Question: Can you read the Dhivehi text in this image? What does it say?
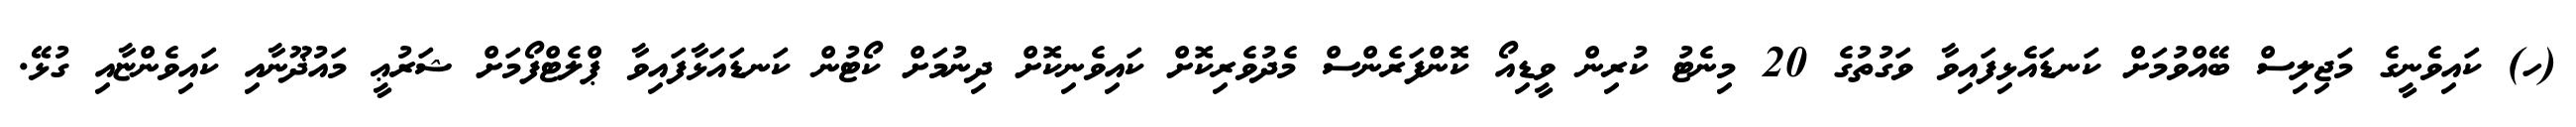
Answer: (ހ) ކައިވެނީގެ މަޖިލިސް ބޭއްވުމަށް ކަނޑައެޅިފައިވާ ވަގުތުގެ 20 މިނެޓު ކުރިން ވީޑިއޯ ކޮންފަރެންސް މެދުވެރިކޮށް ކައިވެނިކޮށް ދިނުމަށް ކޯޓުން ކަނޑައަޅާފައިވާ ޕްލެޓްފޯމަށް ޝަރުޢީ މައުޛޫނާއި ކައިވެންޏާއި ގުޅޭ.